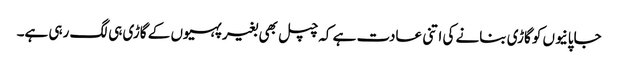
جاپانیوں کو گاڑی بنانے کی اتنی عادت ہے کہ چپل بھی بغیر پہیوں کے گاڑی ہی لگ رہی ہے۔